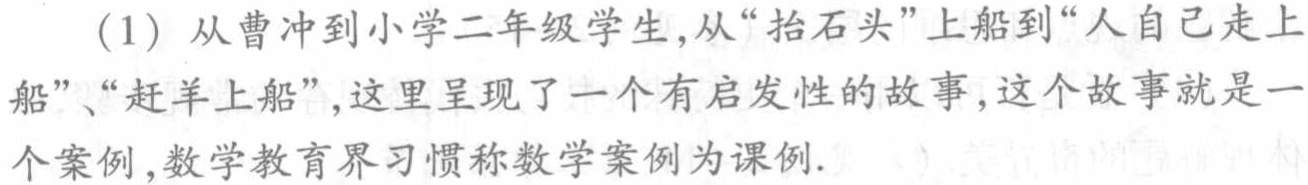
(1) 从曹冲到小学二年级学生,从“抬石头”上船到“人自己走上船”、“赶羊上船”,这里呈现了一个有启发性的故事,这个故事就是一个案例,数学教育界习惯称数学案例为课例.